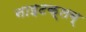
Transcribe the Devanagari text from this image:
नाइटक्लब्